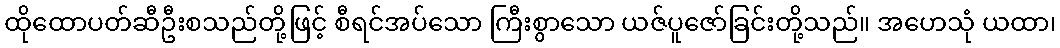
ထိုထောပတ်ဆီဦးစသည်တို့ဖြင့် စီရင်အပ်သော ကြီးစွာသော ယဇ်ပူဇော်ခြင်းတို့သည်။ အဟေသုံ ယထာ၊